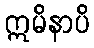
ဣမိနာပိ